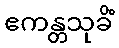
ဧကန္တသုခိံ